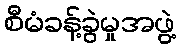
စီမံခန့်ခွဲမှုအဖွဲ့